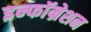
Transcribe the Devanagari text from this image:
इन्फॉम्रेशन